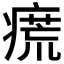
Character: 𱱝